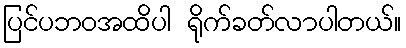
ပြင်ပဘဝအထိပါ ရိုက်ခတ်လာပါတယ်။